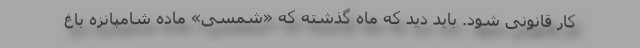
کار قانونی شود. باید دید که ماه گذشته که «شمسی» ماده شامپانزه باغ